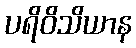
ပရိဝိသိယာန